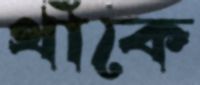
থাঁকে